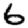
Digit: 6